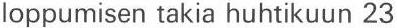
loppumisen takia huhtikuun 23